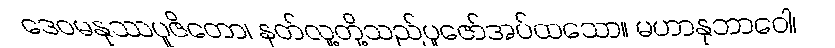
ဒေဝမနုဿပူဇိတော၊ နတ်လူ့တို့သည်ပူဇော်အပ်ထသော။ မဟာနုဘာဝေါ၊